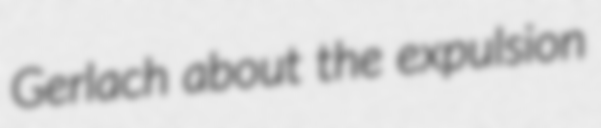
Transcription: Gerlach about the expulsion